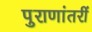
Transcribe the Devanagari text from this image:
पुराणांतरीं